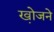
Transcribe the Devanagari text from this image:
खो़जने